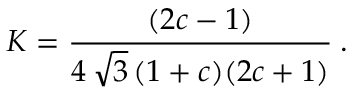
K = \frac { ( 2 c - 1 ) } { 4 \, \sqrt { 3 } \, ( 1 + c ) ( 2 c + 1 ) } \: .